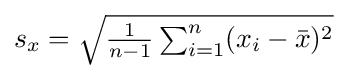
{\textstyle s_{x}={\sqrt {{\frac {1}{n-1}}\sum _{i=1}^{n}(x_{i}-{\bar {x}})^{2}}}}